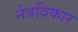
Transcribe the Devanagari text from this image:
नेत्रविकार